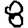
Digit: 8